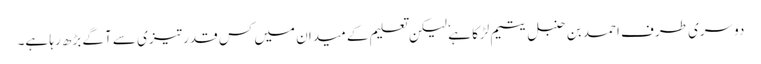
دوسری طرف احمد بن حنبل یتیم لڑکا ہے ٗ لیکن تعلیم کے میدان میں کس قدر تیزی سے آگے بڑھ رہا ہے۔